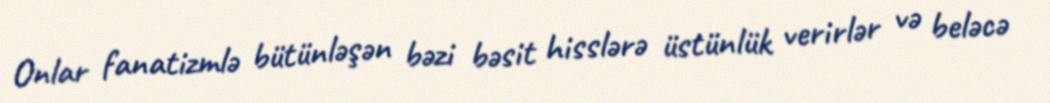
Onlar fanatizmlə bütünləşən bəzi bəsit hisslərə üstünlük verirlər və beləcə